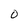
Character: O